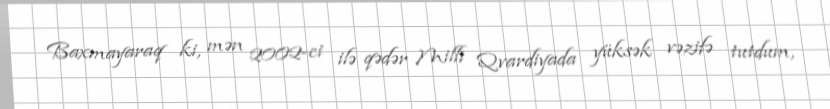
Baxmayaraq ki, mən 2002-ci ilə qədər Milli Qvardiyada yüksək vəzifə tutdum,